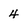
Character: 4